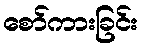
စော်ကားခြင်း